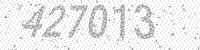
Solution: 427013